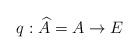
\begin{align*}q: \widehat{A} =A \to E\end{align*}